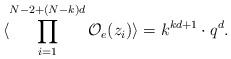
\begin{align*}\langle\prod_{i=1}^{N-2+(N-k)d}{\cal O}_{e}(z_{i})\rangle = k^{kd+1}\cdot q^{d}.\end{align*}